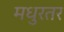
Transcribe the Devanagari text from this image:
मधुरतर